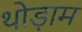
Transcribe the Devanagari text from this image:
थोड़ाम